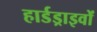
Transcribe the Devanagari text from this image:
हार्डड्राइवों